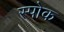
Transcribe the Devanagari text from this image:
स्‍पोक